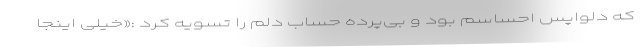
که دلواپس احساسم بود و بی‌پرده حساب دلم را تسویه کرد :«خیلی اینجا